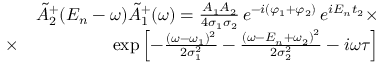
\begin{array} { r l r } & { } & { \tilde { A } _ { 2 } ^ { + } ( E _ { n } - \omega ) \tilde { A } _ { 1 } ^ { + } ( \omega ) = \frac { A _ { 1 } A _ { 2 } } { 4 \sigma _ { 1 } \sigma _ { 2 } } \, e ^ { - i ( \varphi _ { 1 } + \varphi _ { 2 } ) } \, e ^ { i E _ { n } t _ { 2 } } \times } \\ & { \times } & { \exp \left[ - \frac { ( \omega - \omega _ { 1 } ) ^ { 2 } } { 2 \sigma _ { 1 } ^ { 2 } } - \frac { \left( \omega - E _ { n } + \omega _ { 2 } \right) ^ { 2 } } { 2 \sigma _ { 2 } ^ { 2 } } - i \omega \tau \right] } \end{array}